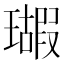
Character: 𱯵